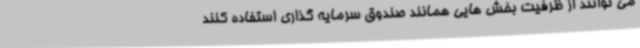
می توانند از ظرفیت بخش هایی همانند صندوق سرمایه گذاری استفاده کنند